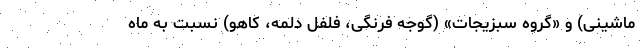
ماشینی) و «گروه سبزیجات» (گوجه فرنگی، فلفل دلمه، کاهو) نسبت به ماه